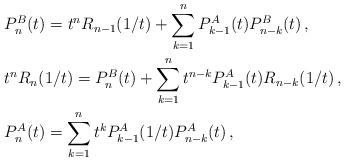
LaTeX: \begin{align*} &P^B_n(t) = t^n R_{n-1}(1/t) + \sum_{k=1}^{n} P_{k-1}^{A}(t) P^{B}_{n-k}(t) \, , \\ & t^n R_{n}(1/t) = P^B_n(t) + \sum_{k=1}^{n} t^{n-k} P_{k-1}^{A}(t)R_{n-k}(1/t) \, , \\ &P^A_n(t) = \sum_{k=1}^{n} t^k P^A_{k-1}(1/t) P^A_{n-k}(t) \, , \\ \end{align*}